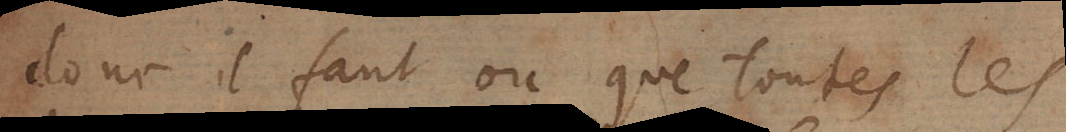
donc il faut ou que toutes les